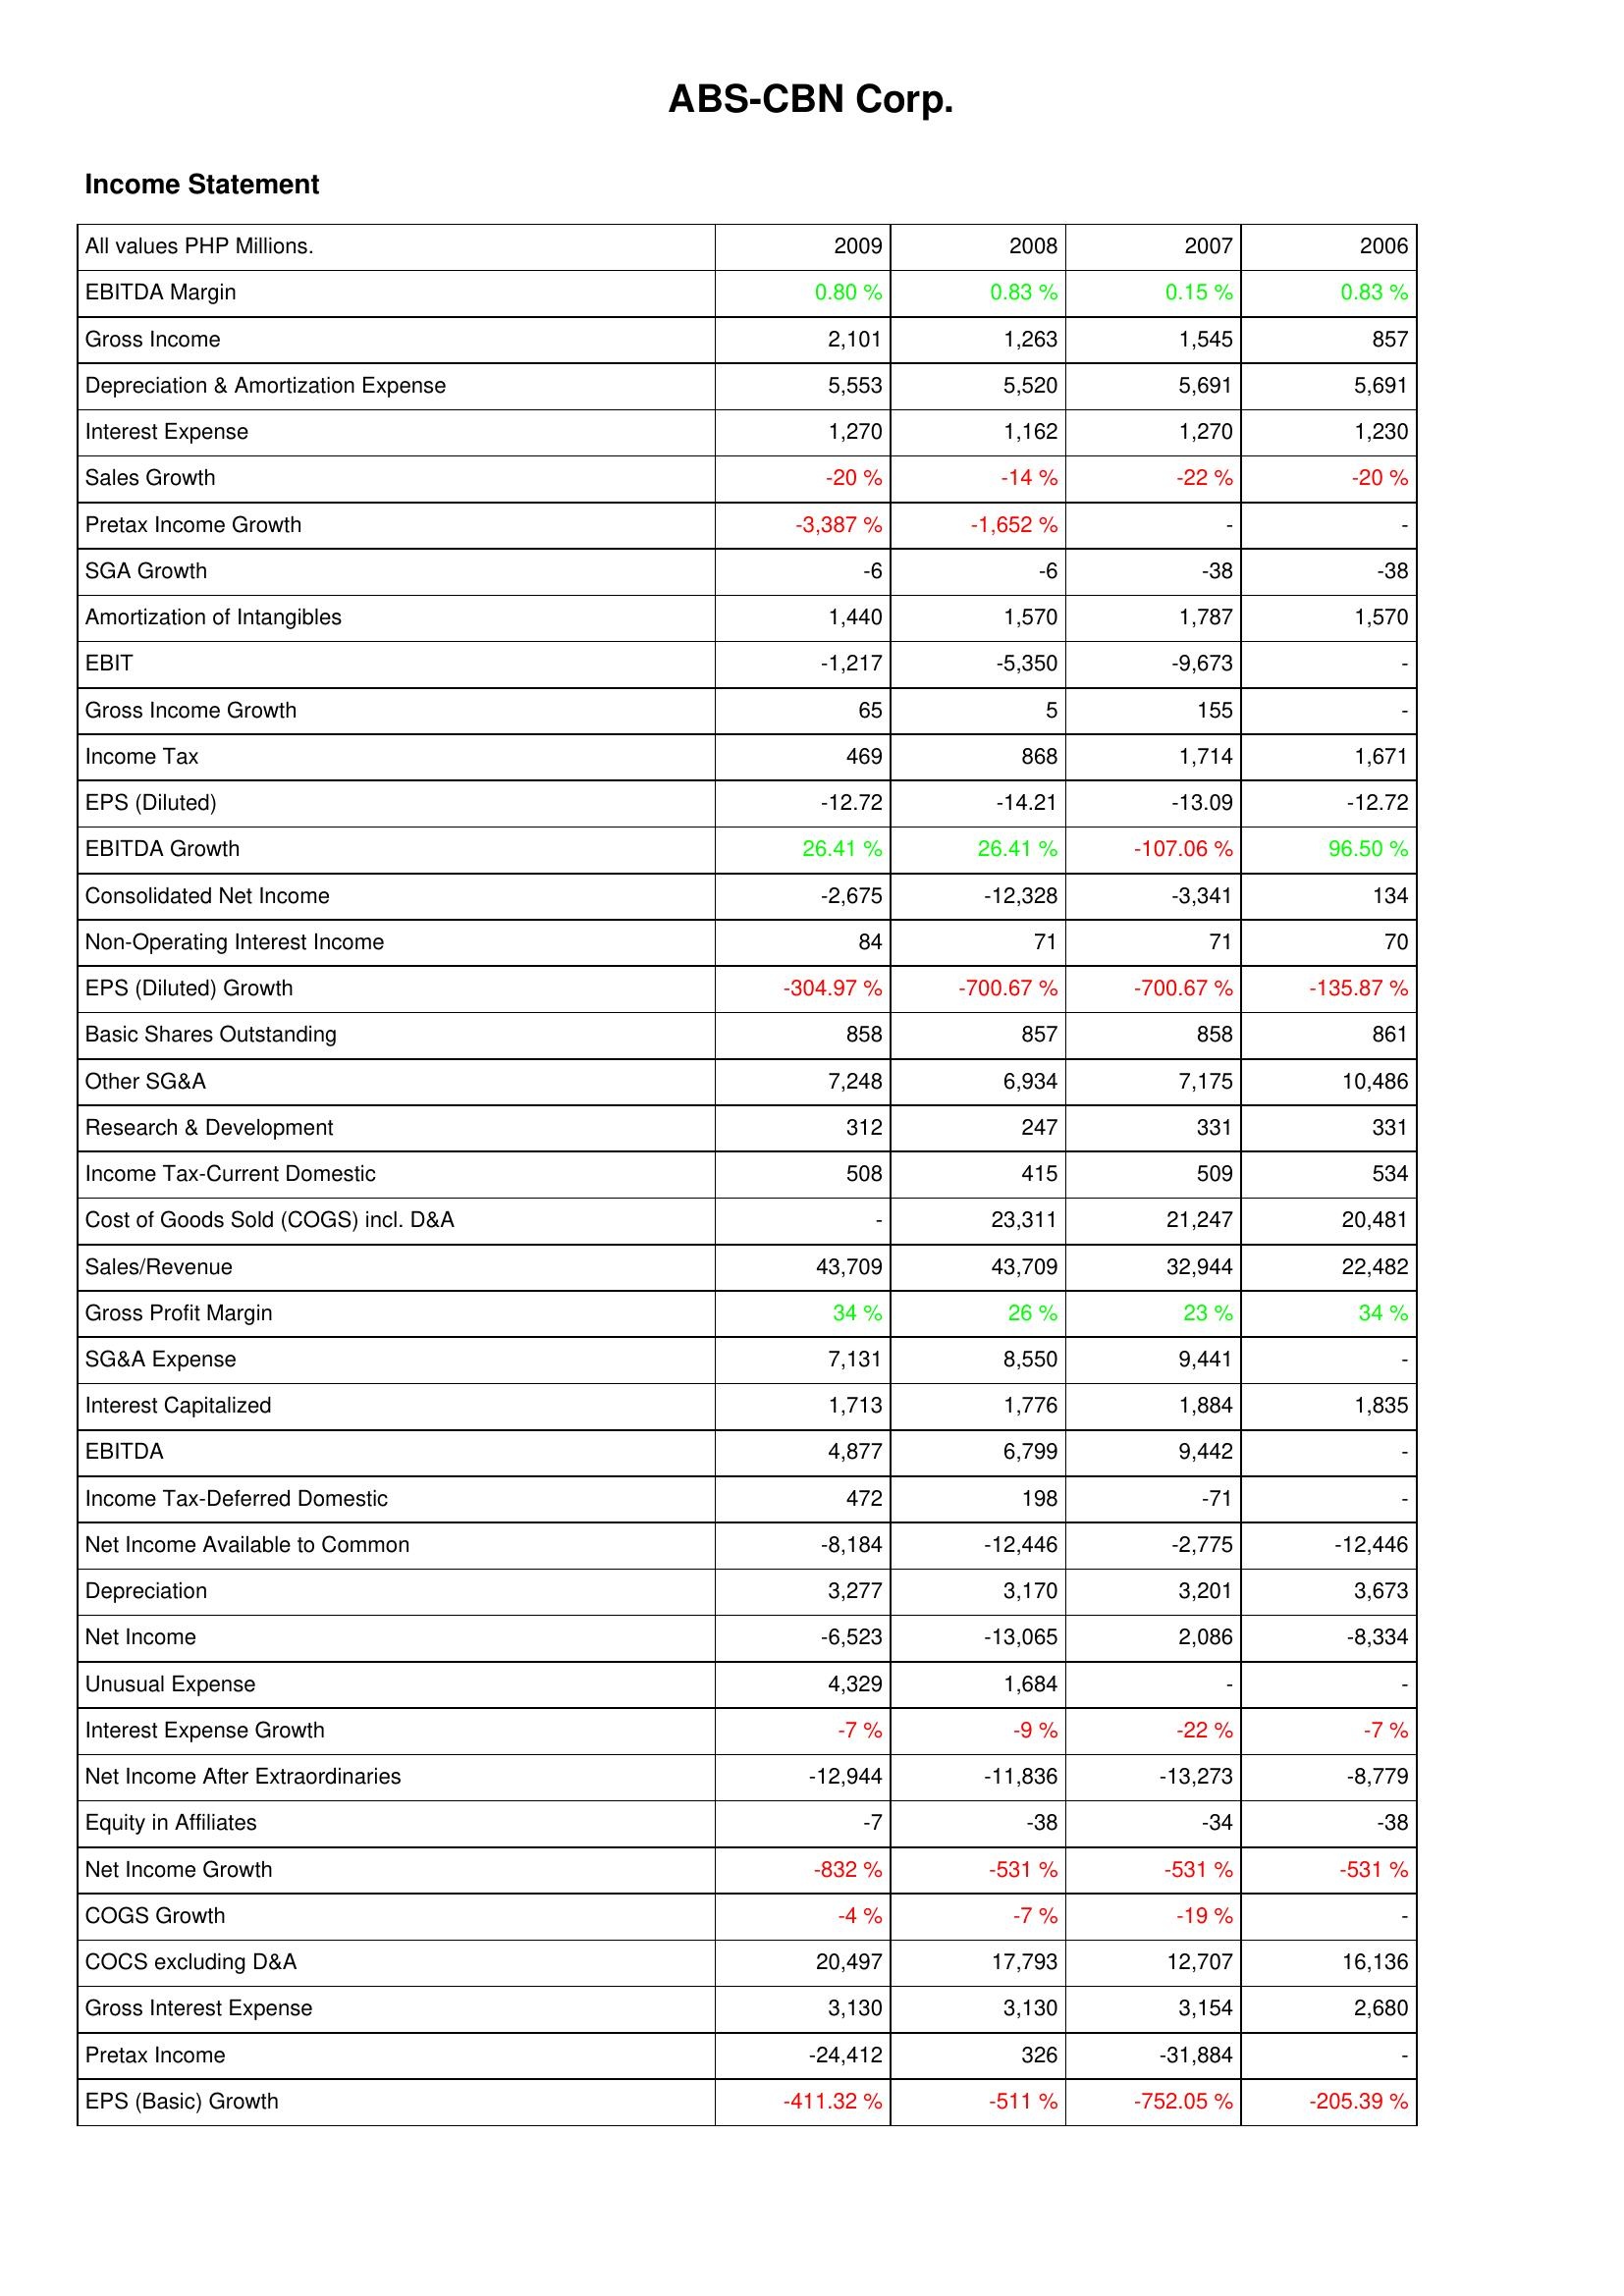
2009: Income Statement: EBITDA Margin: 0.80 %
Gross Income: 2,101
Depreciation & Amortization Expense: 5,553
Interest Expense: 1,270
Sales Growth: -20 %
Pretax Income Growth: -3,387 %
SGA Growth: -6
Amortization of Intangibles: 1,440
EBIT: -1,217
Gross Income Growth: 65
Income Tax: 469
EPS (Diluted): -12.72
EBITDA Growth: 26.41 %
Consolidated Net Income: -2,675
Non-Operating Interest Income: 84
EPS (Diluted) Growth: -304.97 %
Basic Shares Outstanding: 858
Other SG&A: 7,248
Research & Development: 312
Income Tax-Current Domestic: 508
Cost of Goods Sold (COGS) incl. D&A: -
Sales/Revenue: 43,709
Gross Profit Margin: 34 %
SG&A Expense: 7,131
Interest Capitalized: 1,713
EBITDA: 4,877
Income Tax-Deferred Domestic: 472
Net Income Available to Common: -8,184
Depreciation: 3,277
Net Income: -6,523
Unusual Expense: 4,329
Interest Expense Growth: -7 %
Net Income After Extraordinaries: -12,944
Equity in Affiliates: -7
Net Income Growth: -832 %
COGS Growth: -4 %
COCS excluding D&A: 20,497
Gross Interest Expense: 3,130
Pretax Income: -24,412
EPS (Basic) Growth: -411.32 %
2008: Income Statement: EBITDA Margin: 0.83 %
Gross Income: 1,263
Depreciation & Amortization Expense: 5,520
Interest Expense: 1,162
Sales Growth: -14 %
Pretax Income Growth: -1,652 %
SGA Growth: -6
Amortization of Intangibles: 1,570
EBIT: -5,350
Gross Income Growth: 5
Income Tax: 868
EPS (Diluted): -14.21
EBITDA Growth: 26.41 %
Consolidated Net Income: -12,328
Non-Operating Interest Income: 71
EPS (Diluted) Growth: -700.67 %
Basic Shares Outstanding: 857
Other SG&A: 6,934
Research & Development: 247
Income Tax-Current Domestic: 415
Cost of Goods Sold (COGS) incl. D&A: 23,311
Sales/Revenue: 43,709
Gross Profit Margin: 26 %
SG&A Expense: 8,550
Interest Capitalized: 1,776
EBITDA: 6,799
Income Tax-Deferred Domestic: 198
Net Income Available to Common: -12,446
Depreciation: 3,170
Net Income: -13,065
Unusual Expense: 1,684
Interest Expense Growth: -9 %
Net Income After Extraordinaries: -11,836
Equity in Affiliates: -38
Net Income Growth: -531 %
COGS Growth: -7 %
COCS excluding D&A: 17,793
Gross Interest Expense: 3,130
Pretax Income: 326
EPS (Basic) Growth: -511 %
2007: Income Statement: EBITDA Margin: 0.15 %
Gross Income: 1,545
Depreciation & Amortization Expense: 5,691
Interest Expense: 1,270
Sales Growth: -22 %
Pretax Income Growth: -
SGA Growth: -38
Amortization of Intangibles: 1,787
EBIT: -9,673
Gross Income Growth: 155
Income Tax: 1,714
EPS (Diluted): -13.09
EBITDA Growth: -107.06 %
Consolidated Net Income: -3,341
Non-Operating Interest Income: 71
EPS (Diluted) Growth: -700.67 %
Basic Shares Outstanding: 858
Other SG&A: 7,175
Research & Development: 331
Income Tax-Current Domestic: 509
Cost of Goods Sold (COGS) incl. D&A: 21,247
Sales/Revenue: 32,944
Gross Profit Margin: 23 %
SG&A Expense: 9,441
Interest Capitalized: 1,884
EBITDA: 9,442
Income Tax-Deferred Domestic: -71
Net Income Available to Common: -2,775
Depreciation: 3,201
Net Income: 2,086
Unusual Expense: -
Interest Expense Growth: -22 %
Net Income After Extraordinaries: -13,273
Equity in Affiliates: -34
Net Income Growth: -531 %
COGS Growth: -19 %
COCS excluding D&A: 12,707
Gross Interest Expense: 3,154
Pretax Income: -31,884
EPS (Basic) Growth: -752.05 %
2006: Income Statement: EBITDA Margin: 0.83 %
Gross Income: 857
Depreciation & Amortization Expense: 5,691
Interest Expense: 1,230
Sales Growth: -20 %
Pretax Income Growth: -
SGA Growth: -38
Amortization of Intangibles: 1,570
EBIT: -
Gross Income Growth: -
Income Tax: 1,671
EPS (Diluted): -12.72
EBITDA Growth: 96.50 %
Consolidated Net Income: 134
Non-Operating Interest Income: 70
EPS (Diluted) Growth: -135.87 %
Basic Shares Outstanding: 861
Other SG&A: 10,486
Research & Development: 331
Income Tax-Current Domestic: 534
Cost of Goods Sold (COGS) incl. D&A: 20,481
Sales/Revenue: 22,482
Gross Profit Margin: 34 %
SG&A Expense: -
Interest Capitalized: 1,835
EBITDA: -
Income Tax-Deferred Domestic: -
Net Income Available to Common: -12,446
Depreciation: 3,673
Net Income: -8,334
Unusual Expense: -
Interest Expense Growth: -7 %
Net Income After Extraordinaries: -8,779
Equity in Affiliates: -38
Net Income Growth: -531 %
COGS Growth: -
COCS excluding D&A: 16,136
Gross Interest Expense: 2,680
Pretax Income: -
EPS (Basic) Growth: -205.39 %